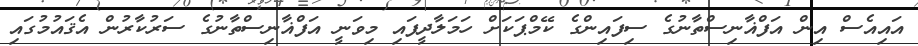
އައިއެސް އިން އަފްޣާނިސްތާނުގެ ސިފައިންގެ ކޭމްޕަކަށް ހަމަލާދީފައި މިވަނީ އަފްޣާނިސްތާނުގެ ސަރުކާރުން އެޤައުމުގައި